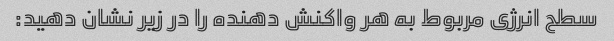
سطح انرژی مربوط به هر واکنش دهنده را در زیر نشان دهید: